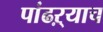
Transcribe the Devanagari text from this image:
पांढऱ्याच